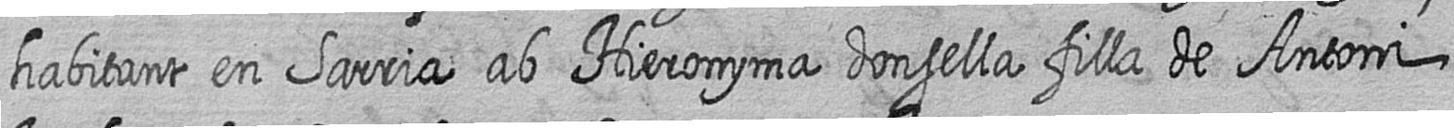
habitant en Sarria ab Hieronyma donsella filla de Antoni